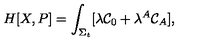
H [ X , P ] = \int _ { \Sigma _ { t } } [ \lambda { \cal C } _ { 0 } + \lambda ^ { A } { \cal C } _ { A } ] ,